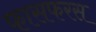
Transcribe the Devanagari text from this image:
फासफरस